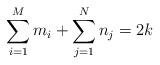
LaTeX: \begin{align*}\sum_{i=1}^M m_i+\sum_{j=1}^N n_j=2k\end{align*}